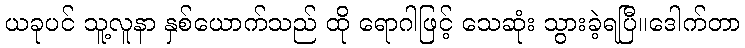
ယခုပင် သူ့လူနာ နှစ်ယောက်သည် ထို ရောဂါဖြင့် သေဆုံး သွားခဲ့ရပြီ။ဒေါက်တာ